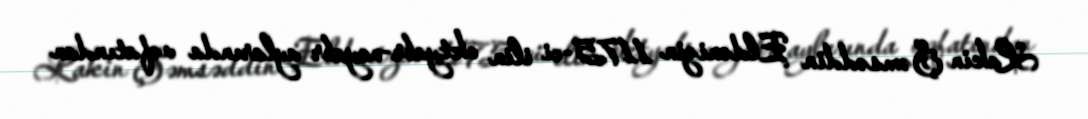
Lakin Şəmsəddin Eldənizin 1175-ci ilin oktyabr-noyabr aylarında vəfatından